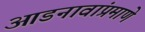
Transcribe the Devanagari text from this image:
आडनावांप्रमाणे